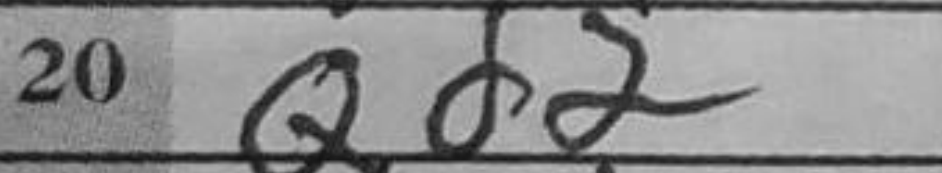
Transcription: Qd2